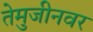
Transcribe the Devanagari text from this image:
तेमुजीनवर